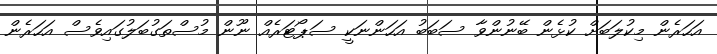
އަހަރެން މިކުލަބަށް ކުޅެން ބޭނުންވާ ސަބަބު އަހަންނަކީ ސަޕޯޓަރެއް ނޫން މުސްތަގުބަލުގައިވެސް އަހަރެން